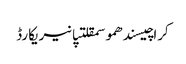
کراچیسندھموسمقلتپانیریکارڈ